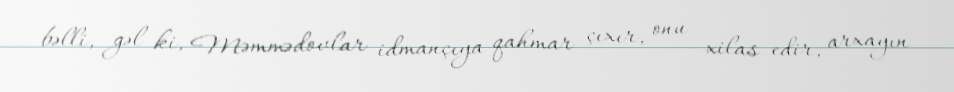
bəlli, gəl ki, Məmmədovlar idmançıya qahmar çıxır, onu xilas edir, arxayın